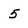
Character: 5